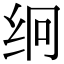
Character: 䌹